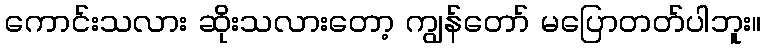
ကောင်းသလား ဆိုးသလားတော့ ကျွန်တော် မပြောတတ်ပါဘူး။